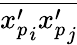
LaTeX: \overline{{{x_{p}^{\prime}}_{i}{x_{p}^{\prime}}_{j}}}